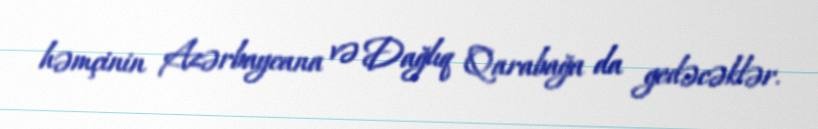
həmçinin Azərbaycana və Dağlıq Qarabağa da gedəcəklər.